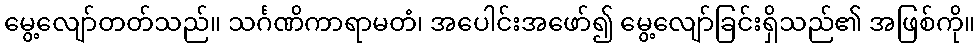
မွေ့လျော်တတ်သည်။ သင်္ဂဏိကာရာမတံ၊ အပေါင်းအဖော်၍ မွေ့လျော်ခြင်းရှိသည်၏ အဖြစ်ကို။